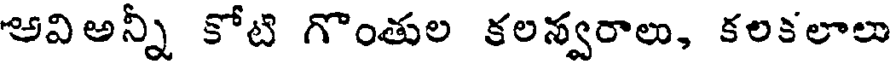
అవిఅన్నీ కోటి గొంతుల కలన్వరాలు, కలకలాలు